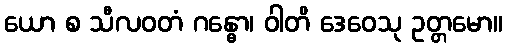
ယော စ သီလဝတံ ဂန္ဓော၊ ဝါတိ ဒေဝေသု ဥတ္တမော။